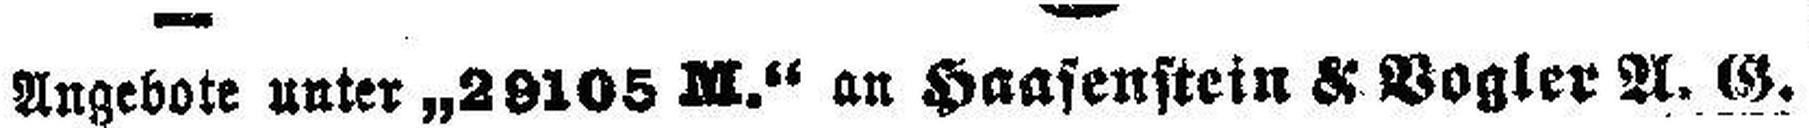
Angebote unter „29105 M.“ an Haasenstein & Vogler A. G.